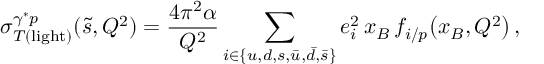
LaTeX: \sigma _ { T ( \mathrm { l i g h t } ) } ^ { \gamma ^ { * } p } ( \tilde { s } , Q ^ { 2 } ) = \frac { 4 \pi ^ { 2 } \alpha } { Q ^ { 2 } } \sum _ { i \in \{ u , d , s , \bar { u } , \bar { d } , \bar { s } \} } e _ { i } ^ { 2 } \, x _ { B } \, f _ { i / p } \! \left( x _ { B } , Q ^ { 2 } \right) ,